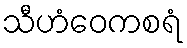
သီဟံဝေကစရံ